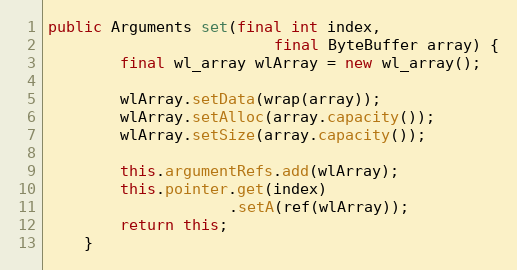
Language: Java
public Arguments set(final int index,
                         final ByteBuffer array) {
        final wl_array wlArray = new wl_array();

        wlArray.setData(wrap(array));
        wlArray.setAlloc(array.capacity());
        wlArray.setSize(array.capacity());

        this.argumentRefs.add(wlArray);
        this.pointer.get(index)
                    .setA(ref(wlArray));
        return this;
    }